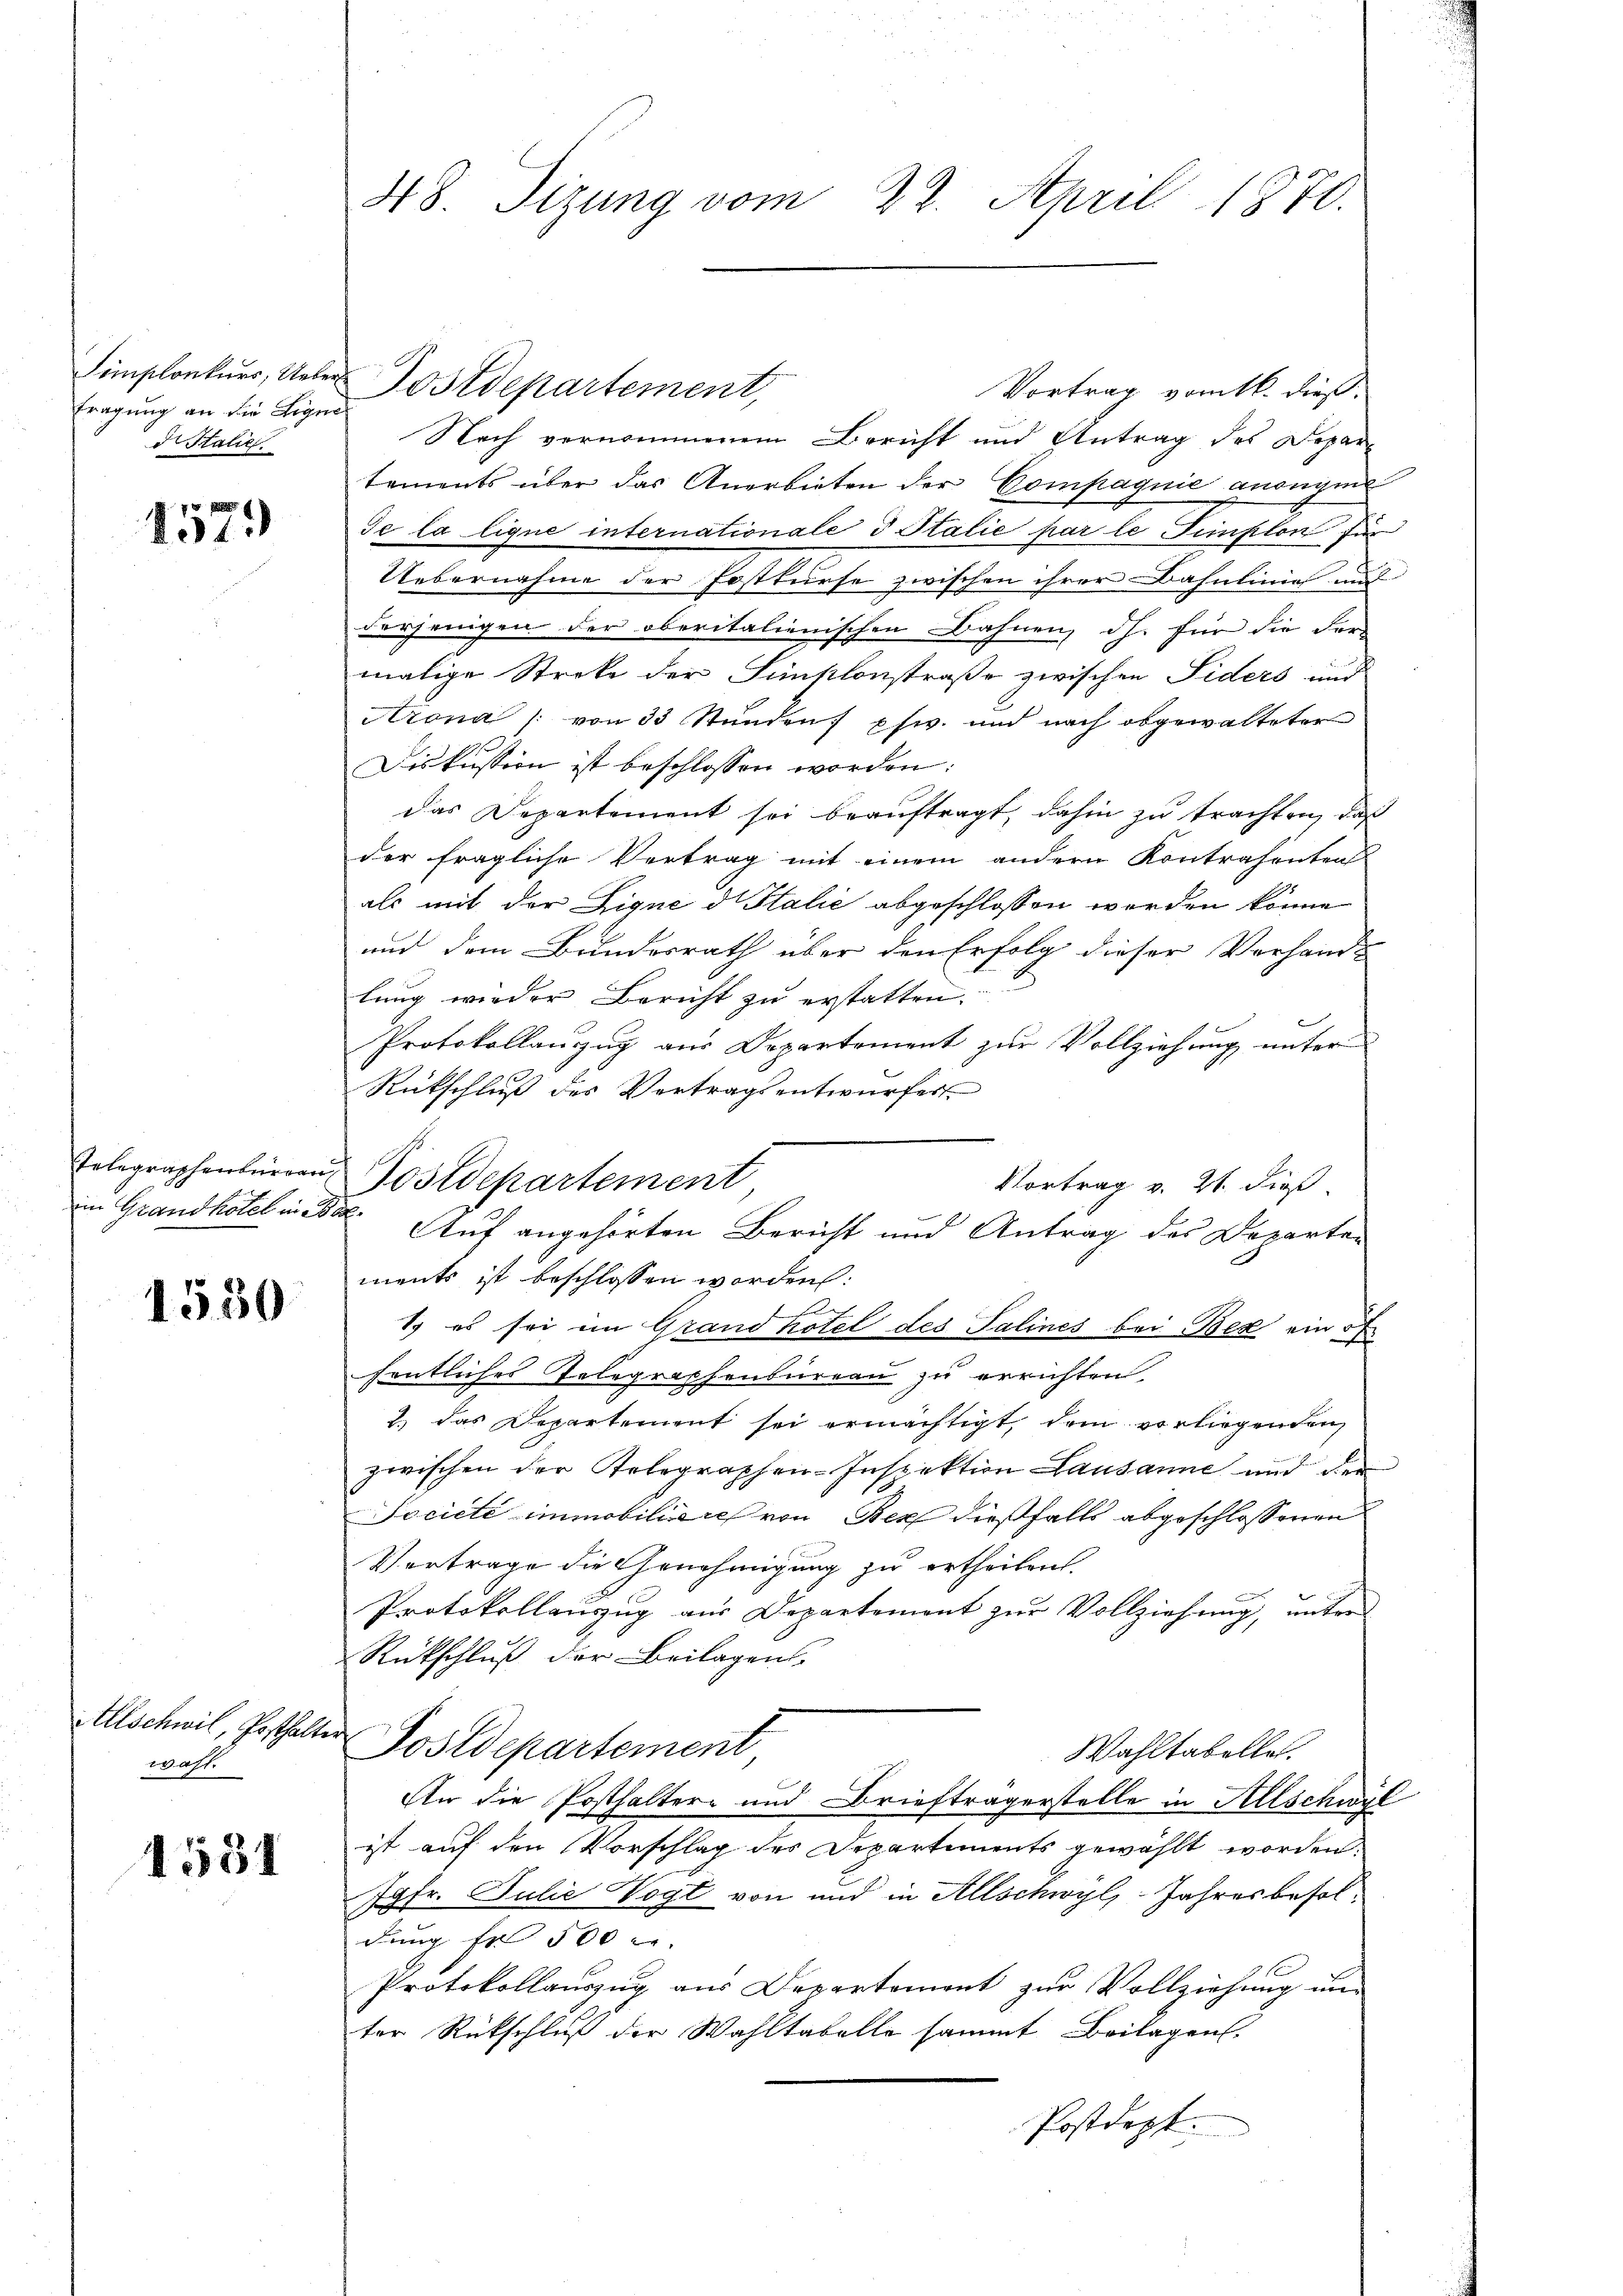
Simplonkurs, Ueber
fragung an die Ligen
di Italie

1579

1550

Allschwil, Posthalt
Waff

1581

48. Sizung vom 22. April 1870.

Vortrag vom 16. dieß.
Nach vernommenem Bericht und Antrag des Departements über das Anerbieten der Compagnie anonym
Je la ligne internationale d Italie par le Tinfilon für
Uebernahme der Fastturse zwischen ihrer Bahnlinie mit
derjenigen der oberitalienischen Bahnen, dh. für die Formalige Streke der Fünstlonstraße zwischen Fiders und
Arona / von 33 Stunden pfwv. und nach obgewalteter
Diskussion ist beschlossen worden:
das Departement sei beauftragt, dahin zu trachten, daß
der fragliche Vertrag mit einem andern Kontrahenten
als mit der Fique d Italić abgeschlossen werden könne
und dem Bundesrath über den Erfolg dieser Verhand-
lung wieder Bericht zu erstatten.
Protokollanzug aus Departement zur Vollziehung unter
Rückschluß des Vertragsentwurfes
Vortrag v. 21. dieß
ments ist beschlossen worden:
1) es sei im Grand hotel des Salines bei Bex ein
fentliches Telegraphenbureau zu errichten.
2.) das Departement sei ermächtigt, dem vorliegenden
zwischen der Telegraphen-Inspektion Lausanne und der
Société immobilie ich von Senf dießfalls abgeschlossenen
Vertrage die Genehmigung zu ertheilen.
Protokollauszug aus Departement zur Vollziehung, unter
Rückschluß der Beilagens
f
Postdepartement,
Wahltabelle.
An die Posthaltere und Briefträgerstelle in Allschwyl
ist auf den Vorschlag des Departements gewählt worden.
Jgfr. Julie Vogt von und in Allschwyl, Jahresbesoldung fr 500 r.
Protokollauszug aus Departement zur Vollziehung um
ter Rückschluß der Wahltabelle sammt Beilagen.
Postdept.

Sostdepartement,

Telegraphenbürgen Postdepartement
in Grandhotel in der Auf angehörten Bericht und Antrag des Departen